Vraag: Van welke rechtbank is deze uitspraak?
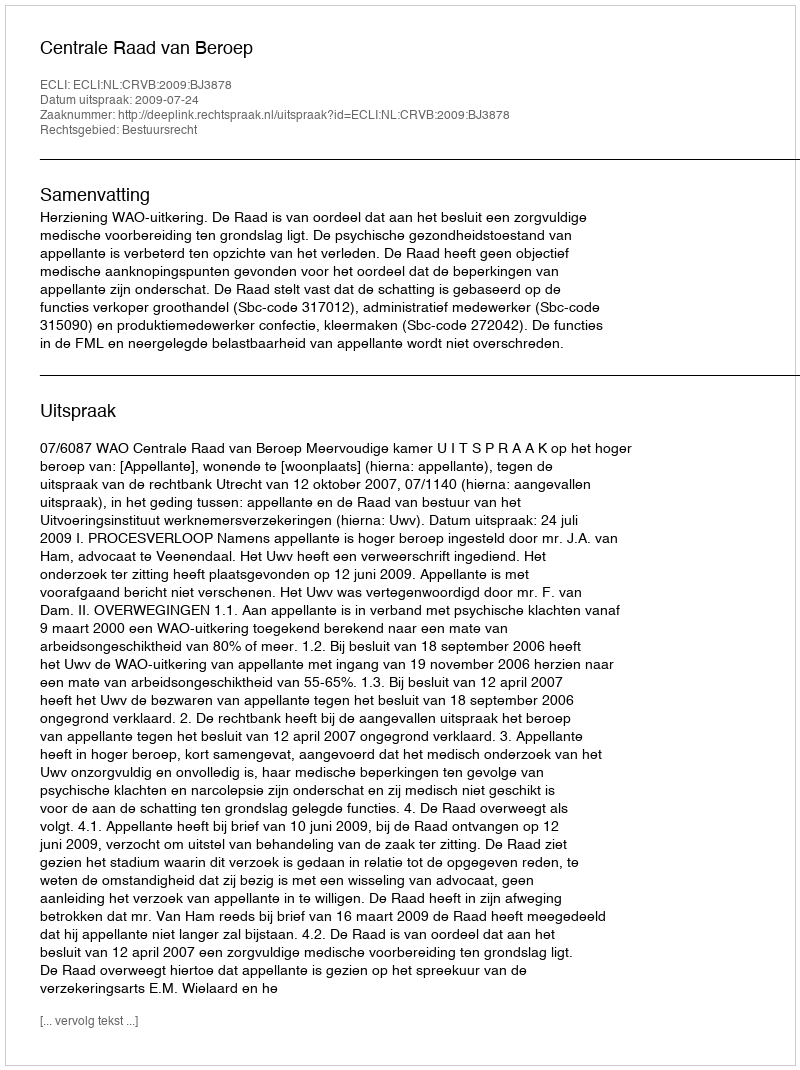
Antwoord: Centrale Raad van Beroep